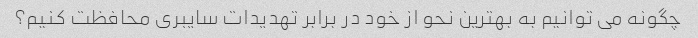
چگونه می توانیم به بهترین نحو از خود در برابر تهدیدات سایبری محافظت کنیم؟